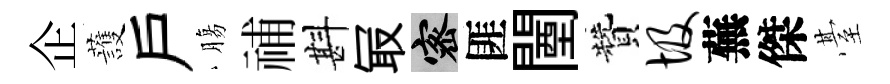
企䕶户膓𥙷斟冣密匪闉贊圾蕪傑䑓